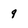
Character: 9